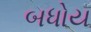
બધોય